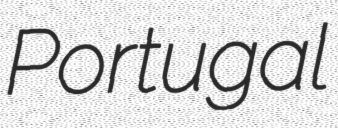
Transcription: Portugal